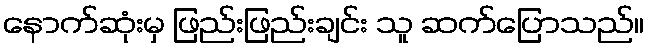
နောက်ဆုံးမှ ဖြည်းဖြည်းချင်း သူ ဆက်ပြောသည်။